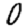
Digit: 0